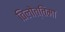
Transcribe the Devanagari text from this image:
तिलोत्तिमा